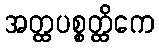
အတ္ထပစ္စတ္ထိကေ